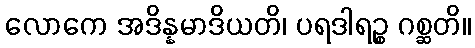
လောကေ အဒိန္နမာဒိယတိ၊ ပရဒါရဉ္စ ဂစ္ဆတိ။